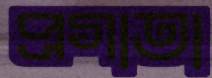
প্রগাতা